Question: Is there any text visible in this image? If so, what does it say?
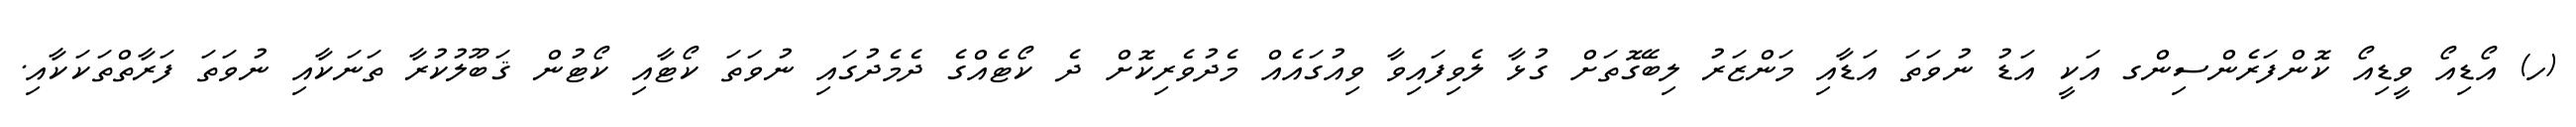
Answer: (ހ) އޯޑިއޯ ވީޑިއޯ ކޮންފަރެންސިންގ އަކީ އަޑު ނުވަތަ އަޑާއި މަންޒަރު ލިބޭގޮތަށް ގުޅާ ލެވިފައިވާ ވިއުގައެއް މެދުވެރިކޮށް ދެ ކޯޓެއްގެ ދެމެދުގައި ނުވަތަ ކޯޓާއި ކޯޓުން ޤަބޫލުކުރާ ތަނަކާއި ނުވަތަ ފަރާތްތަކަކާއި.